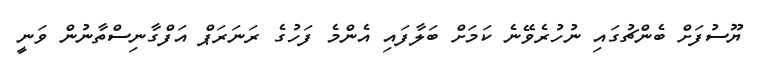
ޔޫސުފަށް ބެންޗުގައި ނުހުރެވޭނެ ކަމަށް ބަލާފައި އެންމެ ފަހުގެ ރަނަރަޕް އަފްގާނިސްތާނުން ވަނީ